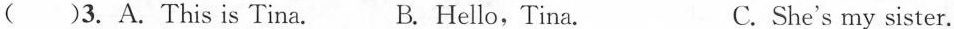
( )3. A.This is Tina. B. Hello,Tina. C.She's my sister.